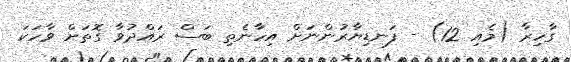
ގާހިރާ (މެއި 12) - ފަނޑިޔާރުންނަށް އިހާނެތި ބަސް ރައްދުވާ ގޮތަށް ވާހަކަ